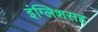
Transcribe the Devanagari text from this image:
इंग्लिशसह